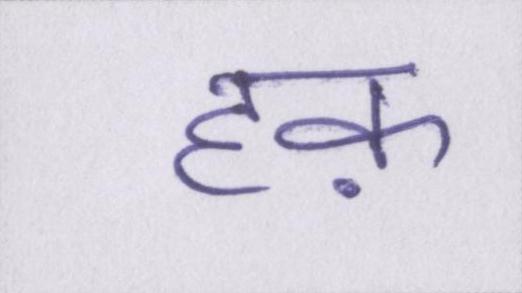
हक़